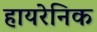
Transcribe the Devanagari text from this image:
हायरेनिक